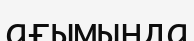
ағымында